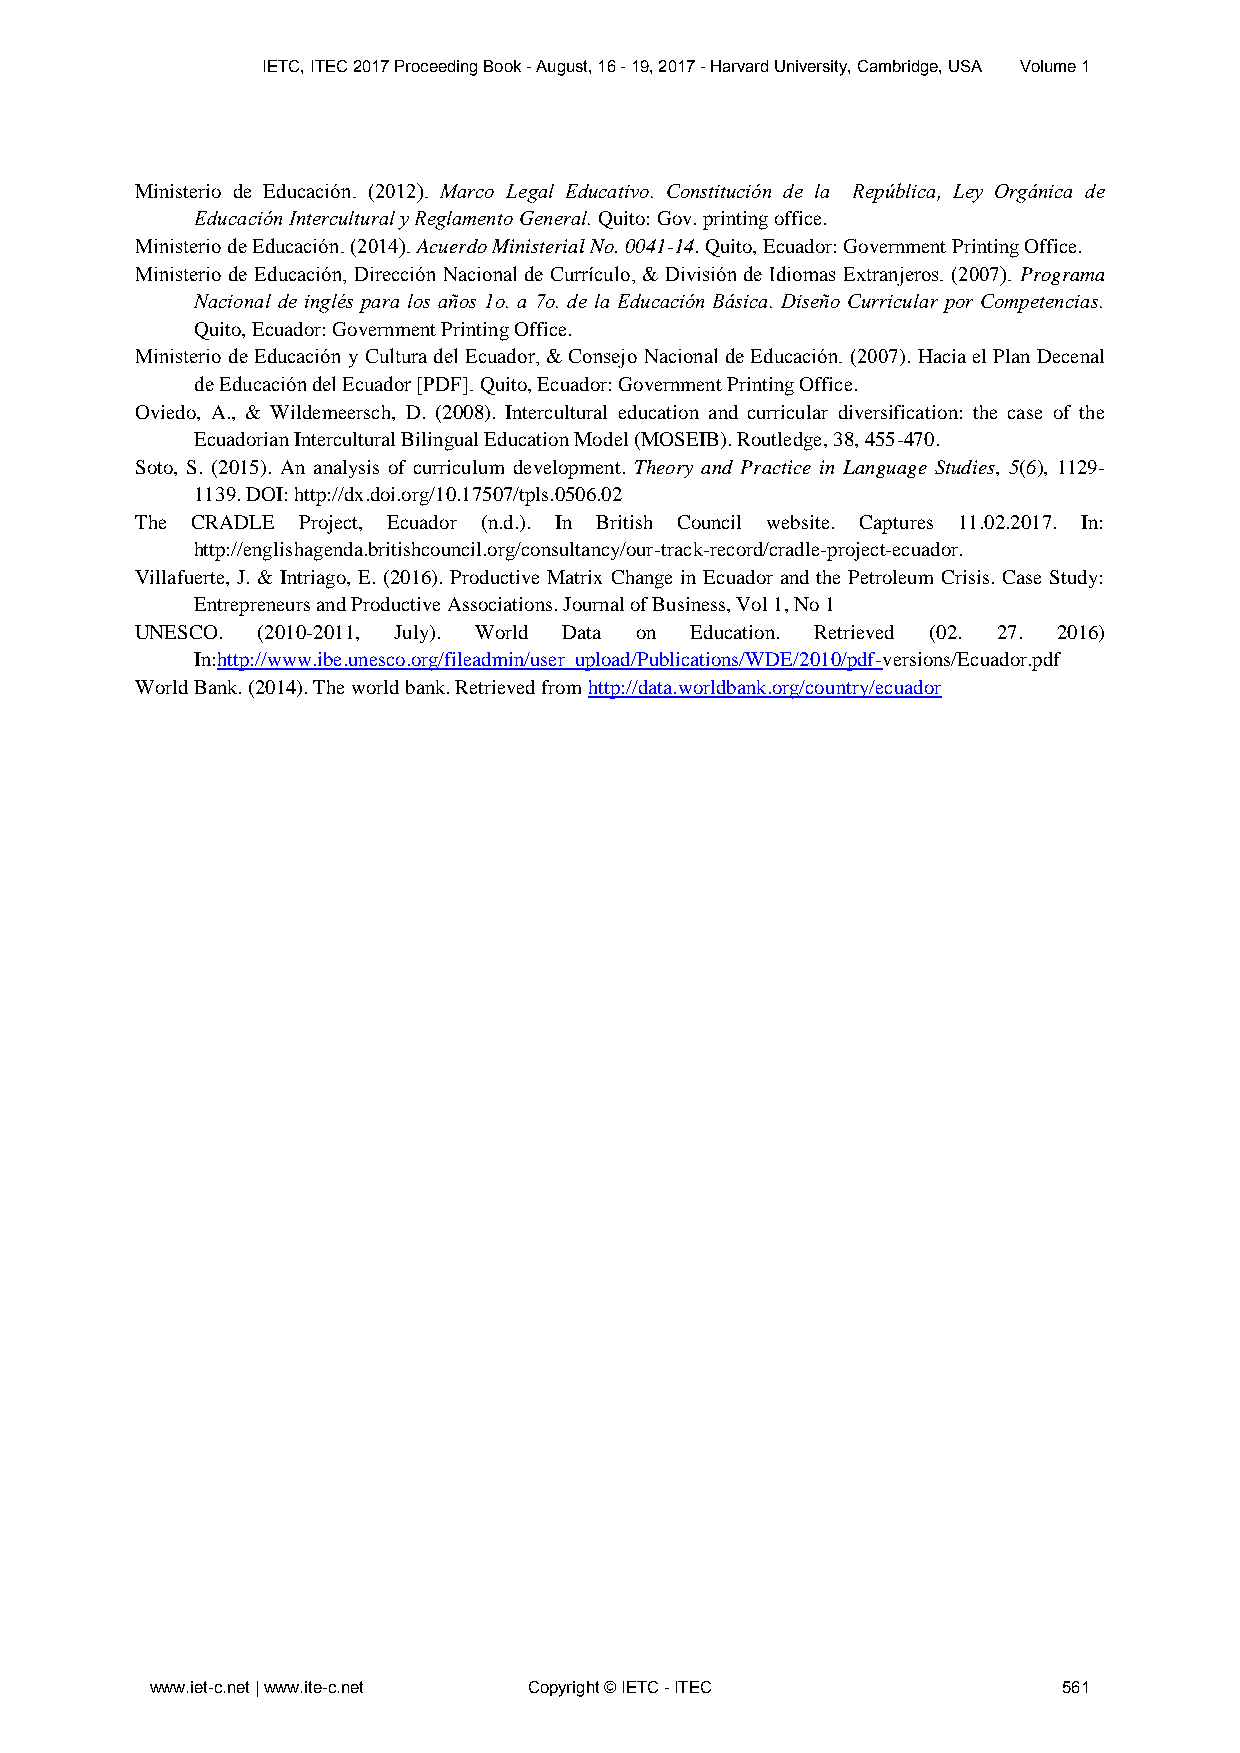
IETC, ITEC 2017 Proceeding Book - August, 16 - 19, 2017 - Harvard University, Cambridge, USA Volume 1
 Ministerio de Educación. (2012). Marco Legal Educativo. Constitución de la República, Ley Orgánica de
 Educación Intercultural y Reglamento General. Quito: Gov. printing office.
 Ministerio de Educación. (2014). Acuerdo Ministerial No. 0041-14. Quito, Ecuador: Government Printing Office.
 Ministerio de Educación, Dirección Nacional de Currículo, & División de Idiomas Extranjeros. (2007). Programa
 Nacional de inglés para los años 1o. a 7o. de la Educación Básica. Diseño Curricular por Competencias.
 Quito, Ecuador: Government Printing Office.
 Ministerio de Educación y Cultura del Ecuador, & Consejo Nacional de Educación. (2007). Hacia el Plan Decenal
 de Educación del Ecuador [PDF]. Quito, Ecuador: Government Printing Office.
 Oviedo, A., & Wildemeersch, D. (2008). Intercultural education and curricular diversification: the case of the
 Ecuadorian Intercultural Bilingual Education Model (MOSEIB). Routledge, 38, 455-470.
 Soto, S. (2015). An analysis of curriculum development. Theory and Practice in Language Studies, 5(6), 1129-
 1139. DOI: http://dx.doi.org/10.17507/tpls.0506.02
 The CRADLE Project, Ecuador (n.d.). In British Council website. Captures 11.02.2017. In:
 http://englishagenda.britishcouncil.org/consultancy/our-track-record/cradle-project-ecuador.
 Villafuerte, J. & Intriago, E. (2016). Productive Matrix Change in Ecuador and the Petroleum Crisis. Case Study:
 Entrepreneurs and Productive Associations. Journal of Business, Vol 1, No 1
 UNESCO. (2010-2011, July). World Data on Education. Retrieved (02. 27. 2016)
 In:http://www.ibe.unesco.org/fileadmin/user_upload/Publications/WDE/2010/pdf-versions/Ecuador.pdf
 World Bank. (2014). The world bank. Retrieved from http://data.worldbank.org/country/ecuador
 www.iet-c.net | www.ite-c.net Copyright © IETC - ITEC       561